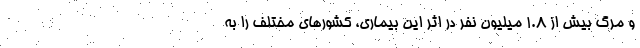
و مرگ بیش از ۱.۸ میلیون نفر در اثر این بیماری، کشورهای مختلف را به